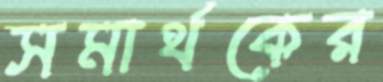
সমার্থকের